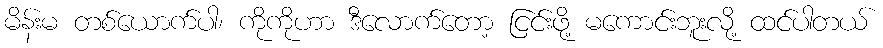
မိန်းမ တစ်ယောက်ပါ၊ ကိုကိုဟာ ဒီလောက်တော့ ငြင်းဖို့ မကောင်းဘူးလို့ ထင်ပါတယ်